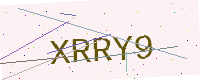
Text: XRRY9